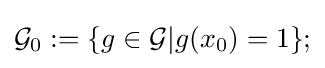
{\mathcal {G}}_{0}:=\{g\in {\mathcal {G}}|g(x_{0})=1\};